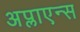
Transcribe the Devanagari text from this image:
अप्लाएन्स